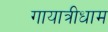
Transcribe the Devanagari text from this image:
गायात्रीधाम